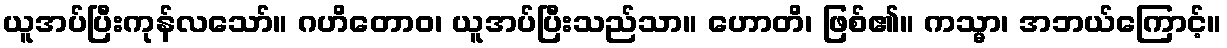
ယူအပ်ပြီးကုန်လသော်။ ဂဟိတောဝ၊ ယူအပ်ပြီးသည်သာ။ ဟောတိ၊ ဖြစ်၏။ ကသ္မာ၊ အဘယ်ကြောင့်။